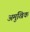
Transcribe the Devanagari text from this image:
अमुखिक